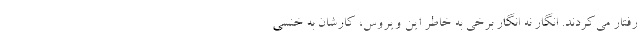
رفتار می‌کردند. انگار نه انگار برخی به خاطر این ویروس، کارشان به خنسی